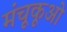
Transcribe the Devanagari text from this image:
मंचूकूओ